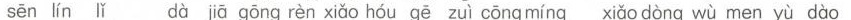
sēn lín lǐ dà jā gōng rèn xiǎo hóu gē zuì cōng míng xiǎo dòng wù men yù dào